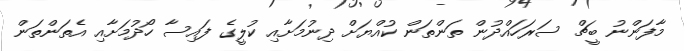
މާފަންނު ބީޗް ސަރަހައްދުން ތަންތަން ކުއްޔަށް ދިނުމަށާއި ކުލީގެ ފައިސާ ހޯދުމަށާއި އެތަންތަން